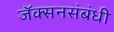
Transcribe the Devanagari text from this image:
जॅक्सनसंबंधी